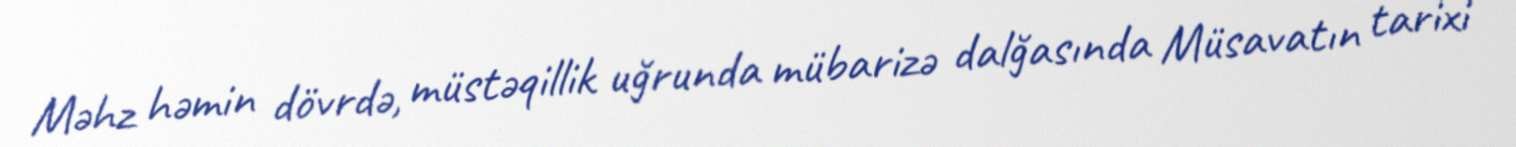
Məhz həmin dövrdə, müstəqillik uğrunda mübarizə dalğasında Müsavatın tarixi